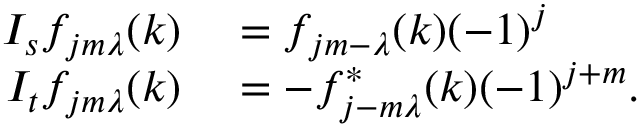
\begin{array} { r l } { I _ { s } f _ { j m \lambda } ( k ) } & { { } = f _ { j m - \lambda } ( k ) ( - 1 ) ^ { j } } \\ { I _ { t } f _ { j m \lambda } ( k ) } & { { } = - f _ { j - m \lambda } ^ { * } ( k ) ( - 1 ) ^ { j + m } . } \end{array}